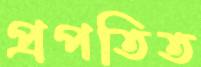
প্রপতিত